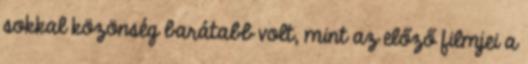
sokkal közönség barátabb volt, mint az előző filmjei a